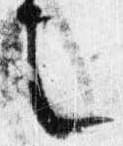
之